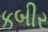
કબીર